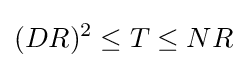
(DR)^{2}\leq T\leq NR